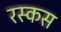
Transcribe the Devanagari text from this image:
रस्कस